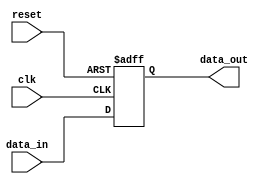
module async_reset_behavioral (
    input wire clk,          // Clock signal
    input wire reset,        // Asynchronous reset signal
    input wire [7:0] data_in, // Data input signal
    output reg [7:0] data_out // Data output signal
);

// Always block sensitive to clock and reset
always @ (posedge clk or posedge reset) begin
    if (reset) begin
        // Asynchronous reset condition
        data_out <= 8'b0; // Reset output to zero
    end else begin
        // On clock edge, update output with input data
        data_out <= data_in;
    end
end

endmodule